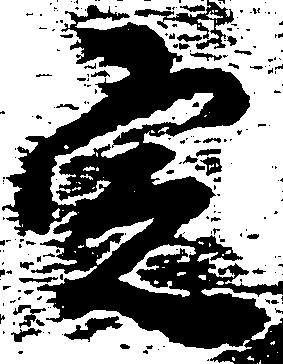
定